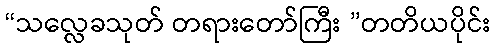
“သလ္လေခသုတ် တရားတော်ကြီး ”တတိယပိုင်း